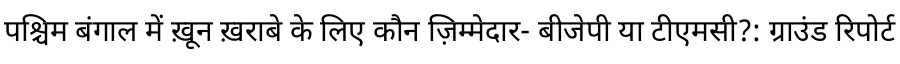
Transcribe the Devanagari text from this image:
पश्चिम बंगाल में ख़ून ख़राबे के लिए कौन ज़िम्मेदार- बीजेपी या टीएमसी?: ग्राउंड रिपोर्ट